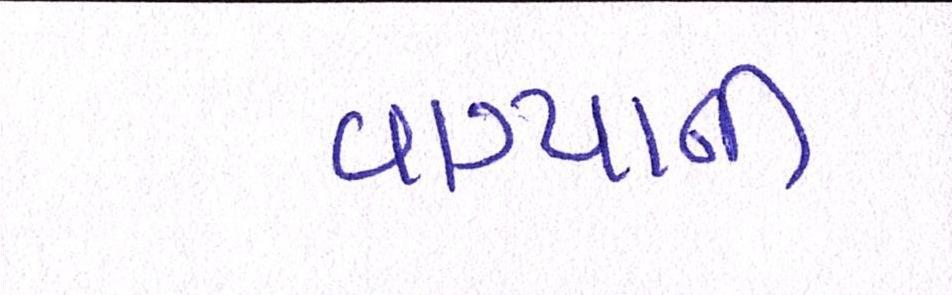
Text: વાગ્યાની